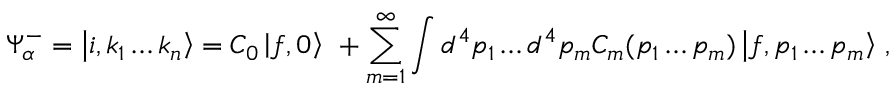
\Psi _ { \alpha } ^ { - } = \left| i , k _ { 1 } \ldots k _ { n } \right\rangle = C _ { 0 } \left| f , 0 \right\rangle \ + \sum _ { m = 1 } ^ { \infty } \int { d ^ { 4 } p _ { 1 } \ldots d ^ { 4 } p _ { m } C _ { m } ( p _ { 1 } \ldots p _ { m } ) \left| f , p _ { 1 } \ldots p _ { m } \right\rangle } ~ ,